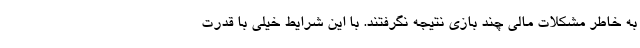
به خاطر مشکلات مالی چند بازی نتیجه نگرفتند. با این شرایط خیلی با قدرت